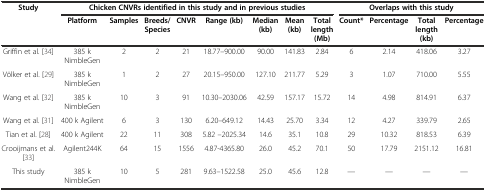
| <ROWSPAN=2> Study | <COLSPAN=8> Chicken CNVRs identified in this study and in previous studies | <COLSPAN=4> Overlaps with this study |
 | Platform | Samples | Breeds/Species | CNVR | Range (kb) | Median (kb) | Mean (kb) | Total length (Mb) | Count* | Percentage | Total length (kb) | Percentage |
 | --- | --- | --- | --- | --- | --- | --- | --- | --- | --- | --- | --- | --- |
 | Griffin et al. [34] | 385 k NimbleGen | 2 | 2 | 21 | 18.77–900.00 | 90.00 | 141.83 | 2.84 | 6 | 2.14 | 418.06 | 3.27 |
 | Völker et al. [29] | 385 k NimbleGen | 1 | 2 | 27 | 20.15–950.00 | 127.10 | 211.77 | 5.29 | 3 | 1.07 | 710.00 | 5.55 |
 | Wang et al. [32] | 385 k NimbleGen | 10 | 3 | 91 | 10.30–2030.06 | 42.59 | 157.17 | 15.72 | 14 | 4.98 | 814.91 | 6.37 |
 | Wang et al. [31] | 400 k Agilent | 6 | 3 | 130 | 6.20–649.12 | 14.43 | 25.70 | 3.34 | 12 | 4.27 | 339.79 | 2.65 |
 | Tian et al. [28] | 400 k Agilent | 22 | 11 | 308 | 5.82 –2025.34 | 14.6 | 35.1 | 10.8 | 29 | 10.32 | 818.53 | 6.39 |
 | Crooijmans et al. [33] | Agilent244K | 64 | 15 | 1556 | 4.87-4365.80 | 26.0 | 45.2 | 70.1 | 50 | 17.79 | 2151.12 | 16.81 |
 | This study | 385 k NimbleGen | 10 | 5 | 281 | 9.63–1522.58 | 25.0 | 45.6 | 12.8 | — | — | — | — |